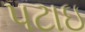
પટાઇ